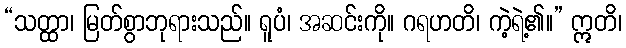
“သတ္ထာ၊ မြတ်စွာဘုရားသည်။ ရူပံ၊ အဆင်းကို။ ဂရဟတိ၊ ကဲ့ရဲ့၏။” ဣတိ၊